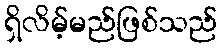
ရှိလိမ့်မည်ဖြစ်သည်